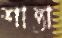
শান্তা